Civil Veterinary Dept. Bombay admin report 1907-1913 - 1907-1913
Year: 1907
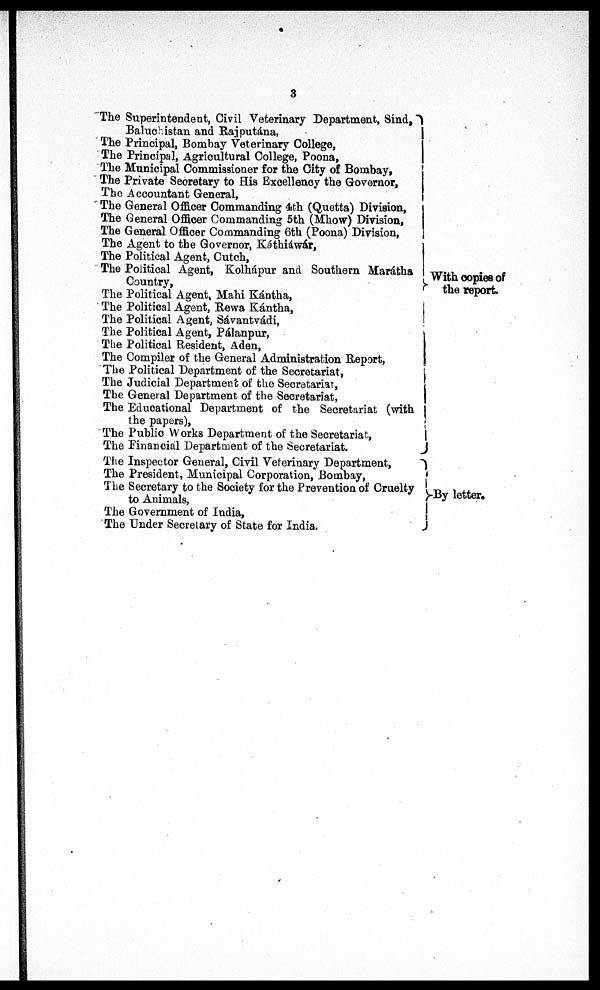
3
The Superintendent, Civil Veterinary Department, Sind,
Baluchistan and Rajputána,
The Principal, Bombay Veterinary College,
The Principal, Agricultural College, Poona,
The Municipal Commissioner for the City of Bombay,
The Private Secretary to His Excellency the Governor,
The Accountant General,
The General Officer Commanding 4th (Quetta) Division,
The General Officer Commanding 5th (Mhow) Division,
The General Officer Commanding 6th (Poona) Division,
The Agent to the Governor, Káthiáwár,
The Political Agent, Cutch,
The Political Agent, Kolhápur and Southern Maráths
Country,
The Political Agent, Mahi Kántha,
The Political Agent, Rewa Kántha,
The Political Agent, Sávantvádi,
The Political Agent, Pálanpur,
The Political Resident, Aden,
The Compiler of the General Administration Report,
The Political Department of the Secretariat,
The Judicial Department of the Secretariat,
The General Department of the Secretariat,
The Educational Department of the Secretariat (with
the papers),
The Public Works Department of the Secretariat,
The Financial Department of the Secretariat.
The Inspector General, Civil Veterinary Department,
The President, Municipal Corporation, Bombay,
The Secretary to the Society for the Prevention of Cruelty
to Animals,
The Government of India,
The Under Secretary of State for India.
With copies of
the report.
By letter.